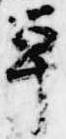
単